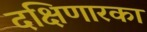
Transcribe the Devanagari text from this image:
दक्षिणारका